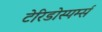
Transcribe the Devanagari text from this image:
टेरिडोस्पर्म्स